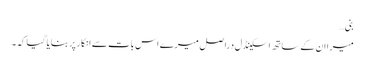
بنی…
میرا ان کے ساتھ اسکینڈل دراصل میرے اس بات سے انکار پر بنایا گیا کہ ۔